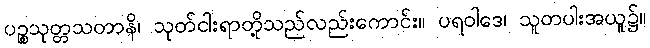
ပဉ္စသုတ္တသတာနိ၊ သုတ်ငါးရာတို့သည်လည်းကောင်း။ ပရဝါဒေ၊ သူတပါးအယူ၌။